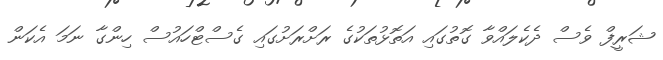
ޝަރީފް ވެސް ދެކެލައްވާ ގޮތުގައި އަތޮޅުތަކުގެ ރަށްރަށުގައި ގެސްޓްހައުސް ހިންގާ ނަމަ އެކަން